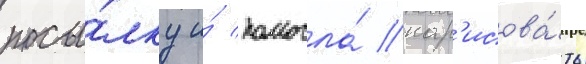
посы́лку и́ помогла́ нар'исова́ть